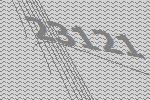
23121